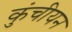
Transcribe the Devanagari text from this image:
कुंचीयन